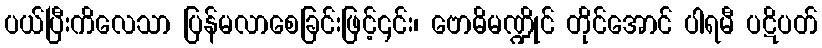
ပယ်ပြီးကိလေသာ ပြန်မလာစေခြင်းဖြင့်၎င်း၊ ဗောဓိမဏ္ဍိုင် တိုင်အောင် ပါရမီ ပဋိပတ်